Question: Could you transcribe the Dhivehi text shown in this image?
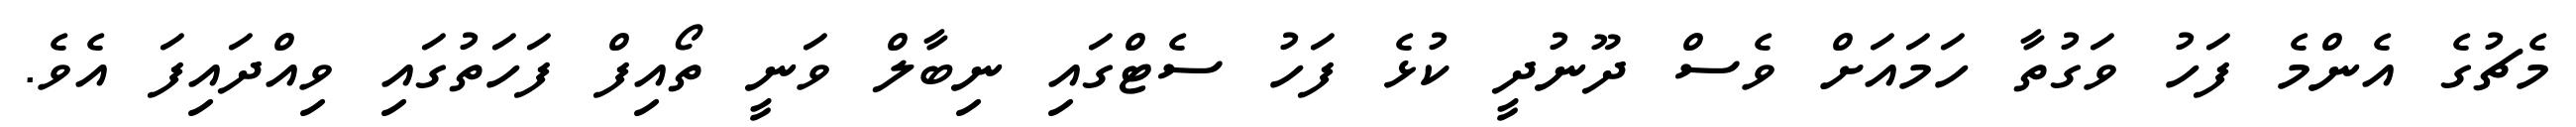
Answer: މެޗުގެ އެންމެ ފަހު ވަގުތާ ހަމައަށް ވެސް ދޫނުދީ ކުޅެ ފަހު ސެޓްގައި ނިބާލް ވަނީ ތޯއިފް ފަހަތުގައި ވިއްދައިފަ އެވެ.